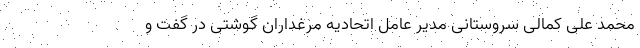
محمد علی کمالی سروستانی مدیر عامل اتحادیه مرغداران گوشتی در گفت و